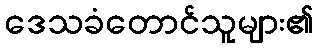
ဒေသခံတောင်သူများ၏